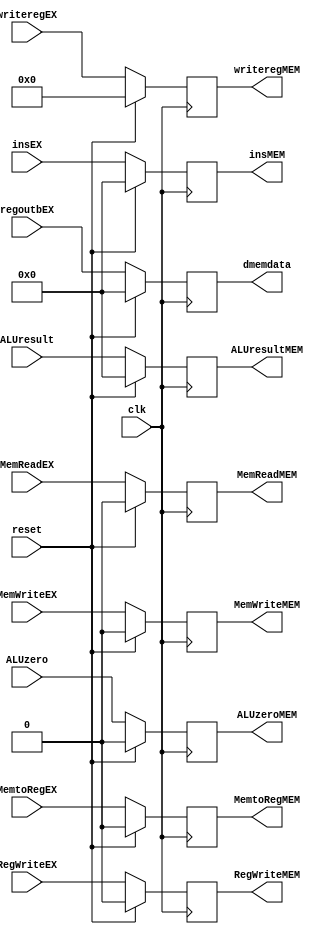
`timescale 1ns / 1ps
//////////////////////////////////////////////////////////////////////////////////
// Company: 
// Engineer: 
// 
// Design Name: 
// Module Name:    EXMEM 
// Project Name: 
// Target Devices: 
// Tool versions: 
// Description: 
//
// Dependencies: 
//
// Revision: 
// Revision 0.01 - File Created
// Additional Comments: 
//
//////////////////////////////////////////////////////////////////////////////////
module EXMEM(ALUzeroMEM,ALUresultMEM,insMEM,dmemdata,writeregMEM,MemtoRegMEM,RegWriteMEM,MemReadMEM,MemWriteMEM,ALUzero,ALUresult,insEX,regoutbEX,writeregEX,MemWriteEX,MemReadEX,MemtoRegEX,RegWriteEX,clk,reset);
input clk;
input ALUzero;
input[31:0] ALUresult;
input[31:0] insEX;
input[31:0] regoutbEX;
input[4:0] writeregEX;
input MemWriteEX;
input MemReadEX;
input MemtoRegEX;
input RegWriteEX;
input reset;
output reg ALUzeroMEM;
output reg[31:0] ALUresultMEM;
output reg[31:0] insMEM;
output reg[31:0] dmemdata;
output reg[4:0] writeregMEM;
output reg MemtoRegMEM;
output reg RegWriteMEM;
output reg MemReadMEM;
output reg MemWriteMEM;
initial begin
ALUzeroMEM=1'b0;
ALUresultMEM=32'b0;
insMEM=32'b0;
dmemdata=32'b0;
writeregMEM=5'b0;
MemtoRegMEM=1'b0;
RegWriteMEM=1'b0;
MemReadMEM=1'b0;
MemWriteMEM=1'b0;
end
always @(posedge clk) begin
if (reset) begin
ALUzeroMEM<=1'b0;
ALUresultMEM<=32'b0;
insMEM<=32'b0;
dmemdata<=32'b0;
writeregMEM<=5'b0;
MemtoRegMEM<=1'b0;
RegWriteMEM<=1'b0;
MemReadMEM<=1'b0;
MemWriteMEM<=1'b0;
end
else begin
ALUzeroMEM<=ALUzero;
ALUresultMEM<=ALUresult;
insMEM<=insEX;
dmemdata<=regoutbEX;
writeregMEM<=writeregEX;
MemtoRegMEM<=MemtoRegEX;
RegWriteMEM<=RegWriteEX;
MemWriteMEM<=MemWriteEX;
MemReadMEM<=MemReadEX;
end
end	
endmodule